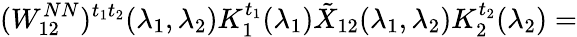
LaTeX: (W_{12}^{NN})^{t_{1}t_{2}}(\lambda_{1},\lambda_{2})K_{1}^{t_{1}}(\lambda_{1})\tilde{X}_{12}(\lambda_{1},\lambda_{2})K_{2}^{t_{2}}(\lambda_{2})=